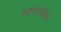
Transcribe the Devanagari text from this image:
त्यांनादेखील